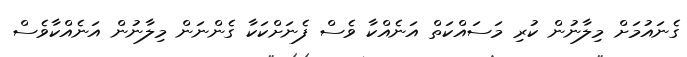
ގެނައުމަށް މިލާނުން ކުރި މަސައްކަތް އަނެއްކާ ވެސް ފެނަށްކަކާ ގެންނަން މިލާނުން އަނެއްކާވެސް